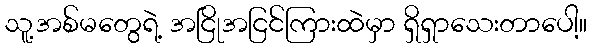
သူ့အစ်မတွေရဲ့ အငြိုအငြင်ကြားထဲမှာ ရှိရှာသေးတာပေါ့။